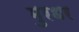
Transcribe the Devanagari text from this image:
मुरधर